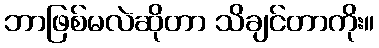
ဘာဖြစ်မလဲဆိုတာ သိချင်တာကိုး။